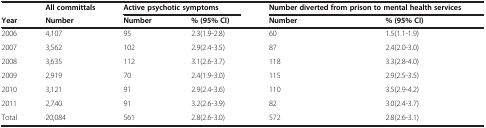
<table><thead><tr><td><b> </b></td><td><b>All committals</b></td><td colspan="2"><b>Active psychotic symptoms</b></td><td colspan="2"><b>Number diverted from prison to mental health services</b></td></tr><tr><td><b>Year</b></td><td><b>Number</b></td><td><b>Number</b></td><td><b>% (95% CI)</b></td><td><b>Number</b></td><td><b>% (95% CI)</b></td></tr></thead><tbody><tr><td>2006</td><td>4,107</td><td>95</td><td>2.3(1.9-2.8)</td><td>60</td><td>1.5(1.1-1.9)</td></tr><tr><td>2007</td><td>3,562</td><td>102</td><td>2.9(2.4-3.5)</td><td>87</td><td>2.4(2.0-3.0)</td></tr><tr><td>2008</td><td>3,635</td><td>112</td><td>3.1(2.6-3.7)</td><td>118</td><td>3.3(2.8-4.0)</td></tr><tr><td>2009</td><td>2,919</td><td>70</td><td>2.4(1.9-3.0)</td><td>115</td><td>2.9(2.5-3.5)</td></tr><tr><td>2010</td><td>3,121</td><td>91</td><td>2.9(2.4-3.6)</td><td>110</td><td>3.5(2.9-4.2)</td></tr><tr><td>2011</td><td>2,740</td><td>91</td><td>3.2(2.6-3.9)</td><td>82</td><td>3.0(2.4-3.7)</td></tr><tr><td>Total</td><td>20,084</td><td>561</td><td>2.8(2.6-3.0)</td><td>572</td><td>2.8(2.6-3.1)</td></tr></tbody></table>